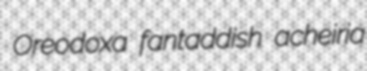
Oreodoxa fantaddish acheiria